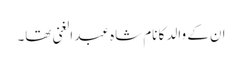
ان کے والد کا نام شاہ عبد الغنی تھا۔